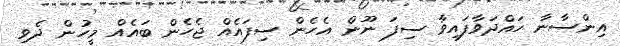
އިންސާނާ ހައްދަވާފައިވާ ސިފަ ނޫން އެހެން ސިފައެއް ޖެހެން ބައެއް މީހުން ދެވި